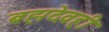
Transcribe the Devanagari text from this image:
ब्रह्मदेवही